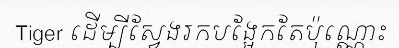
Tiger ដើម្បីស្វែងរកបង្អែកតែប៉ុណ្ណោះ